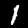
Digit: 1